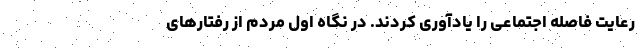
رعایت فاصله‌ اجتماعی را یادآوری کردند. در نگاه اول مردم از رفتار‌های